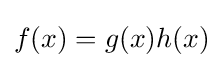
f(x)=g(x)h(x)